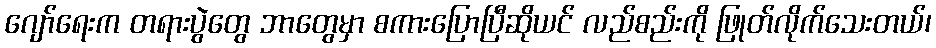
ဂျော်ရေးက တရားပွဲတွေ ဘာတွေမှာ စကားပြောပြီဆိုယင် လည်စည်းကို ဖြုတ်လိုက်သေးတယ်၊